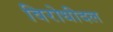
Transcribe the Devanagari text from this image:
विरोधीदल